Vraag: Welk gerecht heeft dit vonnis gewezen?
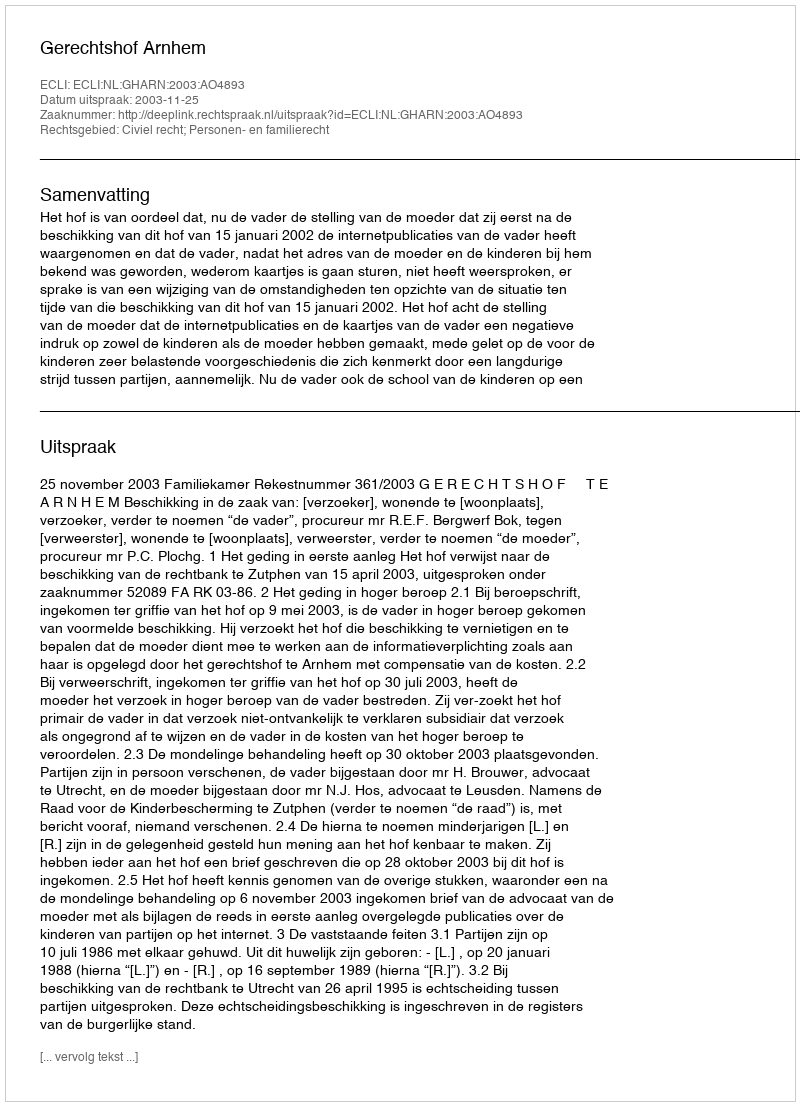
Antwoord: Gerechtshof Arnhem